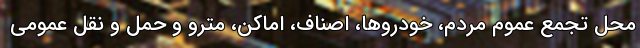
محل تجمع عموم مردم، خودرو‌ها، اصناف، اماکن، مترو و حمل و نقل عمومی